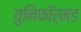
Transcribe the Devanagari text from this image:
युनिफॉर्मड